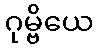
ဂုမ္ဗိယေ